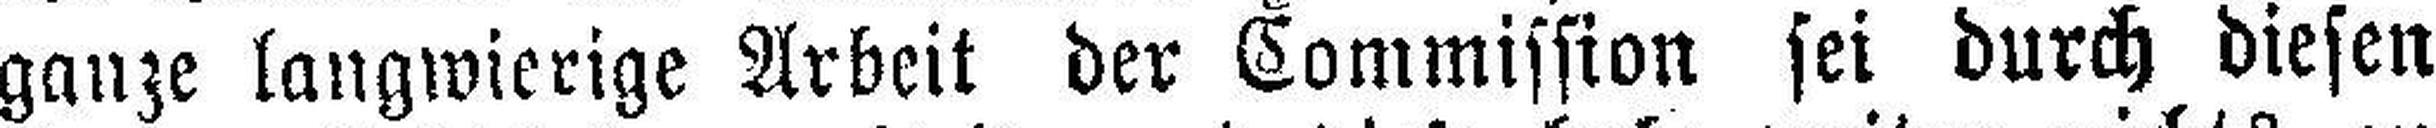
ganze langwierige Arbeit der Commission sei durch diesen